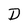
Character: D